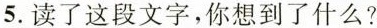
5. 读了这段文字，你想到了什么?